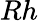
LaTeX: Rh